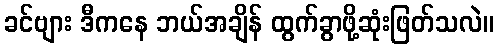
ခင်ဗျား ဒီကနေ ဘယ်အချိန် ထွက်ခွာဖို့ဆုံးဖြတ်သလဲ။